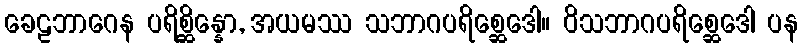
ခေဠဘာဂေန ပရိစ္ဆိန္နော, အယမဿ သဘာဂပရိစ္ဆေဒေါ။ ဝိသဘာဂပရိစ္ဆေဒေါ ပန